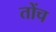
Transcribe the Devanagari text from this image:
तोंच